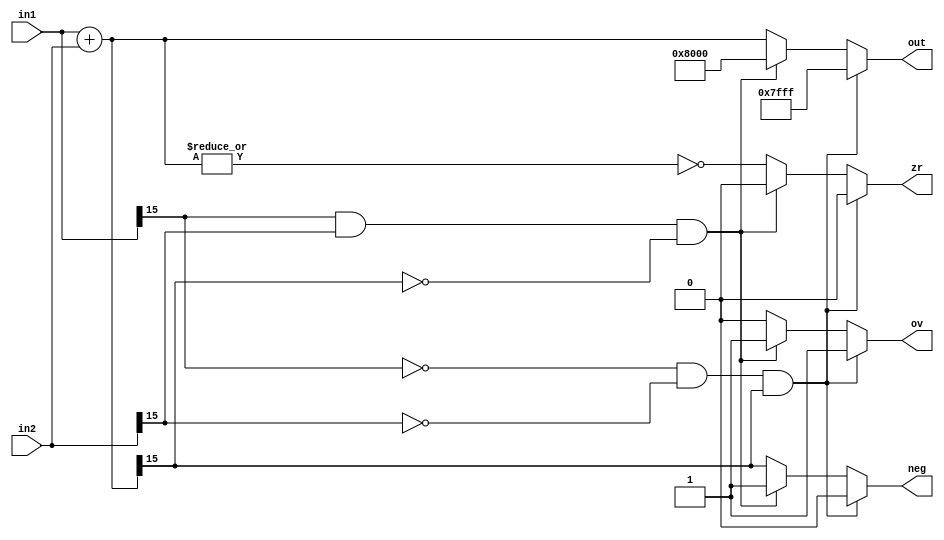
module adder(in1, in2, out, zr, neg, ov);

input [15:0] in1, in2;
output reg [15:0] out;
output reg zr, neg, ov;
// output flags

wire [15:0] sum = in1 + in2;

always @(*) begin
	if (~in1[15] && ~in2[15] && sum[15]) begin
		out = 16'h7FFF;
		ov  = 1'b1;
		neg = 1'b0;
		zr  = 1'b0;
	end else if (in1[15] && in2[15] && ~sum[15]) begin
		out = 16'h8000;
		ov  = 1'b1;
		neg = 1'b1;
		zr  = 1'b0;	
	end else begin
		out = sum;
		ov  = 1'b0;
		neg = out[15];
		zr = ~|sum;
	end
end

endmodule